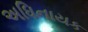
અધિનાયક